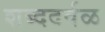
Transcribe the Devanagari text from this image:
शब्ददर्वळ